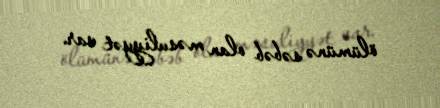
ölümünə səbəb olan məsuliyyət var.